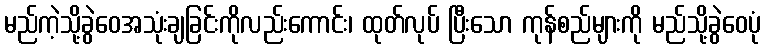
မည်ကဲ့သို့ခွဲဝေအသုံးချခြင်းကိုလည်းကောင်း၊ ထုတ်လုပ် ပြီးသော ကုန်စည်များကို မည်သို့ခွဲဝေပုံ